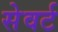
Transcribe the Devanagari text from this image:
सेवर्ट